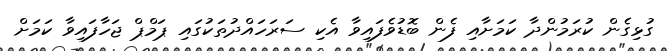
ގުޅިގެން ކުރަމުންދާ ކަމަށާއި ފެން ބޮޑުވެފައިވާ އެކި ސަރަހައްދުތަކުގައި ޕަމްޕް ޖަހާފައިވާ ކަމަށް